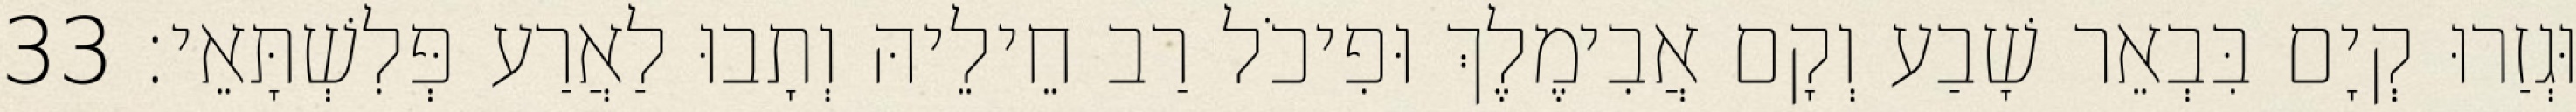
וּגְזַרוּ קְיָם בִּבְאֵר שָׁבַע וְקָם אֲבִימֶלֶךְ וּפִיכֹל רַב חֵילֵיהּ וְתָבוּ לַאֲרַע פְּלִשְׁתָּאֵי׃ 33